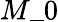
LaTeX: M\_ {0}